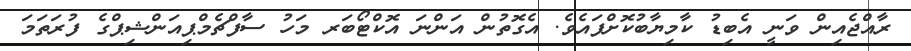
ރާއްޖެއިން ވަނީ އެބިޑު ކާމިޔާބުކޮށްފައެވެ. އެގޮތުން އަންނަ އޮކްޓޯބަރ މަހު ސާފްޗެމްޕިއަންޝިޕްގެ ފުރަތަމަ